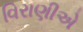
વિરાણીએ